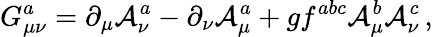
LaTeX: G_{\mu\nu}^{a}=\partial_{\mu}{\mathcal{A}}_{\nu}^{a}-\partial_{\nu}{\mathcal{A}}_{\mu}^{a}+gf^{abc}{\mathcal{A}}_{\mu}^{b}{\mathcal{A}}_{\nu}^{c}\, ,